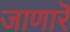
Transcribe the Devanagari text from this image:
जाणारॆ